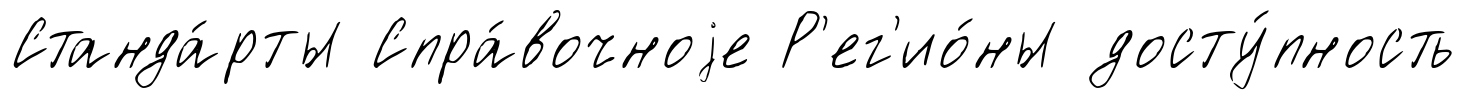
Станда́рты Спра́вочноjе Р'ег'ио́ны досту́пность